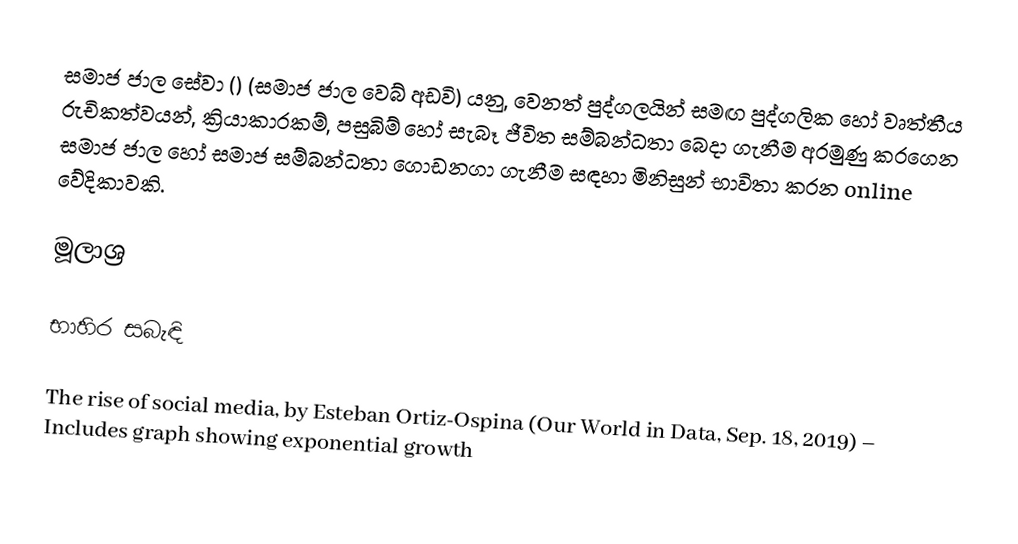
සමාජ ජාල සේවා () (සමාජ ජාල වෙබ් අඩවි) යනු, වෙනත් පුද්ගලයින් සමඟ පුද්ගලික හෝ වෘත්තීය රුචිකත්වයන්, ක්‍රියාකාරකම්, පසුබිම් හෝ සැබෑ ජීවිත සම්බන්ධතා බෙදා ගැනීම අරමුණු කරගෙන සමාජ ජාල හෝ සමාජ සම්බන්ධතා ගොඩනගා ගැනීම සඳහා මිනිසුන් භාවිතා කරන online වේදිකාවකි.

මූලාශ්‍ර

භාහිර සබැඳි

 The rise of social media, by Esteban Ortiz-Ospina (Our World in Data, Sep. 18, 2019) – Includes graph showing exponential growth